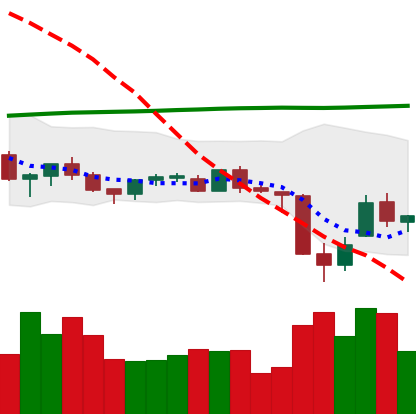
Ticker: TRX-USD
Chart end date: 2021-06-26
Forward return: 3.506%
Label: up_3_5